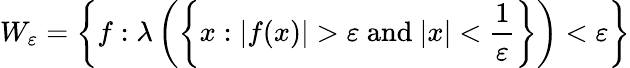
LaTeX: W_{\varepsilon}=\left\{ f:\lambda\left(\left\{ x:|f(x)|>\varepsilon{\mathrm{~and~}}|x|<{\frac{1}{\varepsilon}}\right\} \right)<\varepsilon\right\}